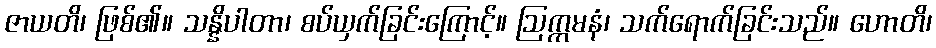
ဇာယတိ၊ ဖြစ်၏။ သန္နိပါတာ၊ စပ်ယှက်ခြင်းကြောင့်။ ဩက္ကမနံ၊ သက်ရောက်ခြင်းသည်။ ဟောတိ၊